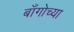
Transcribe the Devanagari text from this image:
बाँगोच्या